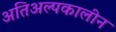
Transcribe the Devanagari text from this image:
अतिअल्पकालीन